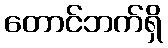
တောင်ဘက်ရှိ